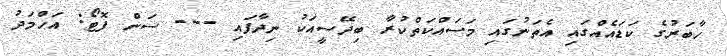
ހާބަރުގެ ކަޑައެއްގައި އެތަނުގައި މަސައްކަތްކުރާ ބިދޭސީއަކު ނިދާފައި --- ސަން ފޮޓޯ: އަހްމަދު